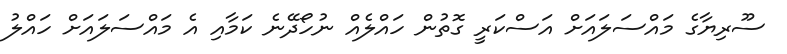
ސޫރިޔާގެ މައްސަލައަށް އަސްކަރީ ގޮތުން ހައްލެއް ނުހޯދޭނެ ކަމާއި އެ މައްސަލައަށް ހައްލު